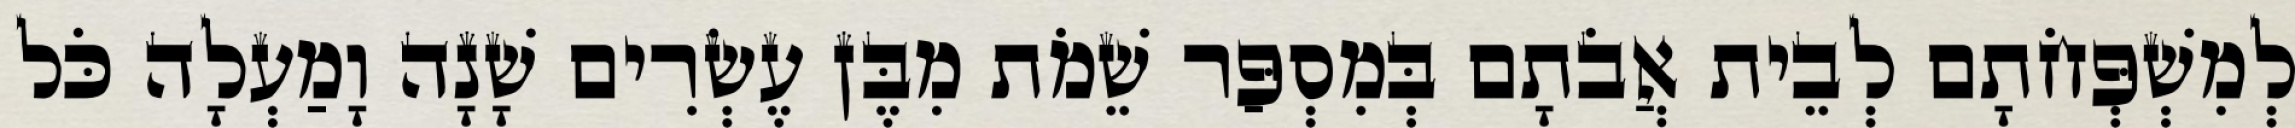
לְמִשְׁפְּחֹתָם לְבֵית אֲבֹתָם בְּמִסְפַּר שֵׁמֹת מִבֶּן עֶשְׂרִים שָׁנָה וָמַעְלָה כֹּל